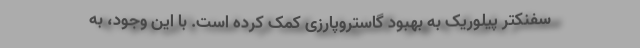
سفنکتر پیلوریک به بهبود گاستروپارزی کمک کرده است. با این وجود، به